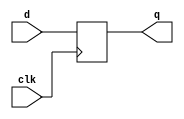
module reg_no_rst
# (
    parameter w = 1
) 
(
    input                clk,
    input      [w - 1:0] d,
    output reg [w - 1:0] q
);

    always @ (posedge clk)
        q <= d;

endmodule